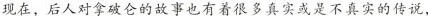
现在，后人对拿破仑的故事也有着很多真实或是不真实的传说，